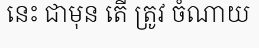
នេះ ជាមុន តើ ត្រូវ ចំណាយ